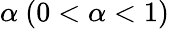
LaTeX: \alpha\ (0<\alpha<1)